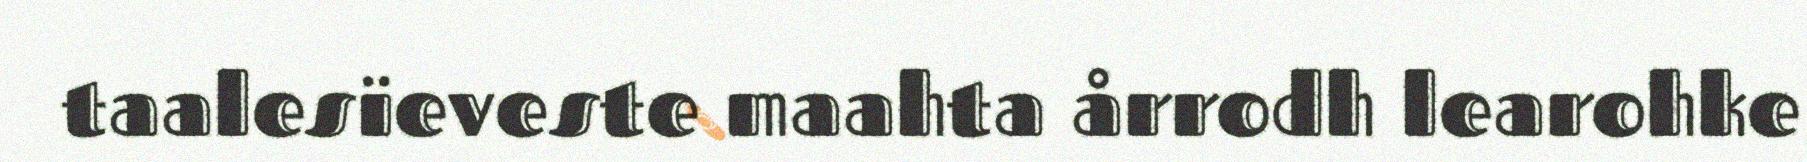
taalesïeveste maahta årrodh learohke